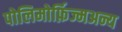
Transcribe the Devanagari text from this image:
पोलिमोर्फ़िज्मअन्य